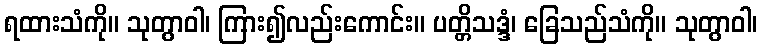
ရထားသံကို။ သုတွာဝါ၊ ကြား၍လည်းကောင်း။ ပတ္တိသဒ္ဒံ၊ ခြေသည်သံကို။ သုတွာဝါ၊